Annual report on the Civil Veterinary Department, Burma (including the Insein Veterinary School) - 1910-1922
Year: 1910
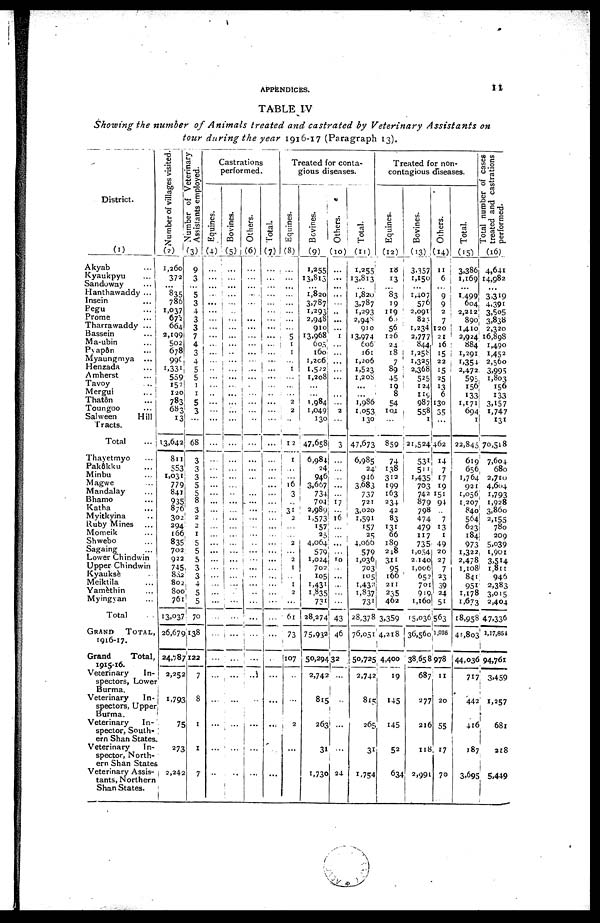
APPENDICES.
11
TABLE IV
Showing the number of Animals treated and castrated by Veterinary Assistants on
tour during the year 1916-17 (Paragraph 13).
District.
(1)
Akyab ...
Kyaukpyu ...
Sandoway ...
Hanthawaddy ...
Insein ...
Pegu
Prome ...
Tharrawaddy ...
Bassein ...
Ma-ubin ...
Pyapôn ...
Myaungmya ...
Henzada ...
Amherst ...
Tavoy ...
Mergui ...
Thatôn ...
Toungoo ...
Salween
Hill
Tracts.
Total
Thayetmyo ...
Pakôkku ...
Minbu ...
Magwe ...
Mandalay ...
Bhamo ...
Katha ...
Myitkyina ...
Ruby Mines ...
Momeik ...
Shwebo ...
Sagaing ...
Lower Chindwin
Upper Chindwin
Kyauksè
Meiktila ...
Yamèthin
Myingyan ...
Total
GRAND TOTAL,
1916-17.
Grand
Total.
Veterinary
In-
spectors, Lowe
Burma.
Veterinary
In-
spectors, Uppe
Burma.
Veterinary
In-
spector, South-
ern Shan States
Veterinary
In-
spector, North-
ern Shan State
Veterinary Assis-
tants, Northern
Shan States.
Number of villages visited.
Number of Veterinary
(2)
1,260
372
...
835
786
1,037
672
664
2,199
502
678I
996
1,331
559
152
120
783
683
13
13,642
811
553
1,031
779
841
935
876
302
294
166
835
702
922
745
882
802
800
761
13,037
26,6791
24,787
2,252
1,793
75
273
2,242
Assistants employed.
(3)
9
3
5
3
4
3
3
7
4
3
4
5
5
1
1
5
3
68
3
3
3
5
5
8
3
2
2
1
5
5
5
3
3
4
5
5
70
138
122
7
8
1
1
7
Castrations
performed.
Equines.
(4)
...
...
...
...
...
...
...
...
...
...
...
..
...
...
..
...
...
...
...
...
...
...
...
...
...
...
...
...
...
...
...
...
...
...
...
...
...
...
...
...
...
...
...
..
Bovines.
(5)
...
...
...
...
...
...
...
...
...
...
..
...
...
...
...
...
...
...
...
...
...
...
...
...
...
...
...
...
...
...
...
...
...
...
...
...
...
...
...
...
...
...
... ...
...
..
Others.
(6)
...
...
...
...
...
...
...
...
...
...
...
...
...
...
...
...
..
...
...
...
...
...
...
...
...
...
...
...
... ...
...
...
...
...
...
...
...
...
...
...
...
...
...
Total.
(7)
...
...
...
...
...
...
...
...
...
...
...
...
...
...
...
...
...
...
...
...
...
... ...
...
...
...
...
...
...
...
...
...
...
...
...
...
...
...
...
...
...
...
...
...
...
Treated for conta-
gious diseases.
Equines.
(8)
...
...
...
...
...
...
...
...
5
1
1
...
1
...
...
...
2
2
...
12
1 ...
...
16
3
...
31
2
...
...
2
..
2
1
...
1
2
...
61
73
107
...
...
2
...
...
Bevines.
(9)
1,255
13,813
...
1,820
3,787
1,293
2,948
910
13,968
605
160
1,206
1,522
1,208
...
...
1,984
1,049
130
47,658
6,984
24
946
3,667
734
704
2,989
1,573
157
25
4,064
579
1,024
702
105
1,431
1,835
731
28,274
75,932
50,294
2,742
815
263
31
1,730
Others.
(10)
...
...
...
...
...
..
...
...
1
...
...
...
...
...
...
...
...
2
...
3
...
...
...
...
...
17
...
16
...
...
...
...
10
...
...
...
...
...
43
46
32
...
...
...
...
24
Total.
(11)
1,255
13,813
...
1,820
3,787
1,293
2,048
910
13,974
606
161
1,206
1,523
1,208
...
...
1,986
1,053
130
47,673
6,985
24
946
3,683
737
721
3,020
1,591
157
25
4,066
579
1,036
703
105
1,432
1,837
731
28,378
76,051
50,725
2,742
815
265
31
1,754
Treated for non-
contagious diseases.
Equines.
(12)
18
13
...
83 19
119
66
56
126
24
18
7
89
45
19 8
54
101
...
859
74
138
312
199
163
234
42
83
131
66
180
248
311
95
166
211
235
462
3,359
4,218
4,400
19
145
145
52
634
Bovines.
(13)
3.157
1,150
...
1,407
576
2,091
823
1,234
2,777
844
1,258
1,325
2,368
525
124
119
987
558
1
21,524
531
511
1,435
703
742
879
798
474
479
117
735
1,054
2,140
1,006
652
701
919
1,160
15,036
36,560
38,658
687
277
216
118
2,991
Others.
(14)
11
6
...
9
9
2
7
120
21
16
15
22
15
25
13
6
130
35
...
462
14
7
17
19
151
94
...
7
13
1
49
20
27
7
23
39
24
51
563
1,025
978
II
20
55
17
70
Total.
(15)
3,386
1,169
...
1,499
604
2,212
890
1,410
2,924
884
1,291
1,354
2,472
595
156
133
1,171
694
1
22,845
619
656
1,764
921
1,056
1,207
840
564
623
184
973
1,322
2,478
1,108
841
951
1,178
1,673
18,958
41,803
44,036
717
442
416
187
3,695
treated and castrations
performed.
(16)
4,641
14,982
...
3319
4.391
3.5o5
3,838
2,320
16,898
1,490
1,452
2,560
3.995
1,803
156
133
3.157
1,747
131
70,518
7,604
680
2,710
4,604
1.793
1,928
3,860
2,155
780
209
5,039
1,901
3,514
1,811
946
2,383
3,015
2,404
47,336
1,17,854
94,761
3,459
1,257
681
218
5,449